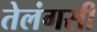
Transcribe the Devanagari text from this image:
तेलंगसी